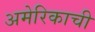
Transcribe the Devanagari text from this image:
अमेरिकाची